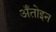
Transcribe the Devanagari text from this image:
अँतोइन